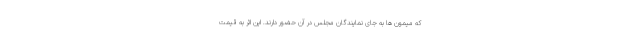
که میمون ها به جای نمایندگان مجلس در آن حضور دارند. این اثر به قیمت